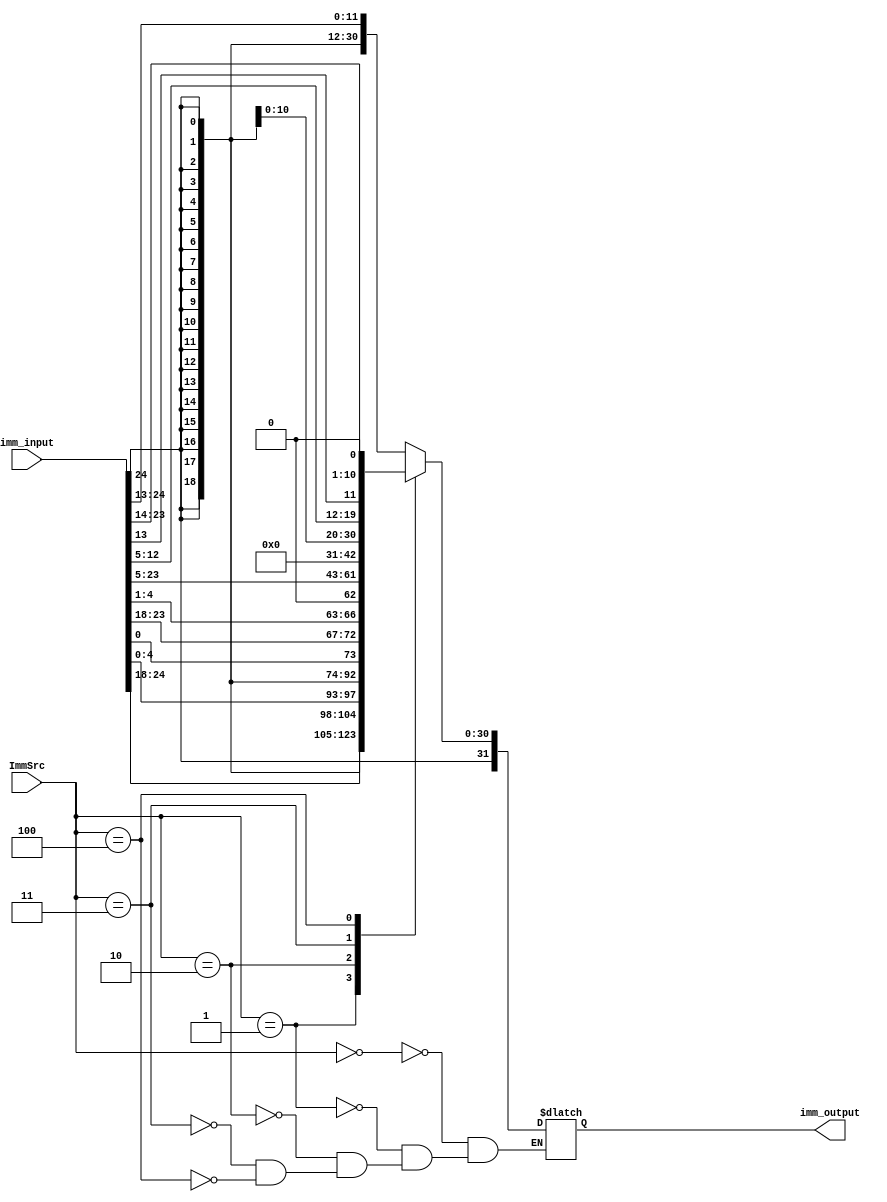
module immidiate_extend(input [24:0] imm_input, input [2:0] ImmSrc, output reg[31:0] imm_output);

always@(imm_input, ImmSrc)begin
	case(ImmSrc)
		3'b000 : imm_output = {{20{imm_input[24]}}, imm_input[24:13]}; // I type
		3'b001 : imm_output = {{20{imm_input[24]}}, imm_input[24:18], imm_input[4:0]}; // S type
		3'b010 : imm_output = {{19{imm_input[24]}}, imm_input[24], imm_input[0], imm_input[23:18], imm_input[4:1], 1'b0}; // B type
		3'b011 : imm_output = {imm_input[24:5], 12'b0}; // U type
		3'b100 : imm_output = {{12{imm_input[24]}}, imm_input[24], imm_input[12:5], imm_input[13], imm_input[23:14], 1'b0}; // J type
	endcase
end

endmodule